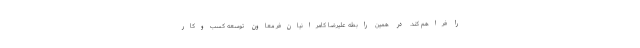
را فراهم کند. در همین رابطه علیرضا کامرانیان‌فر معاون توسعه کسب‌وکار